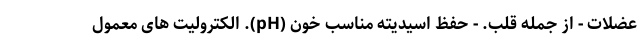
عضلات - از جمله قلب. - حفظ اسیدیته مناسب خون (pH). الکترولیت های معمول